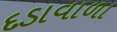
દડાવાળા